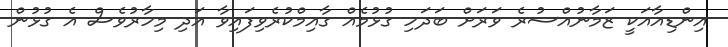
އިންޑިއާއަކީ ޒަމާނުއްސުރެ ވަރަށް ބަދަހި ގުޅުމެއް ގާއިމްކުރެވިފައިވާ އަދި މިހާރުވެސް އެ ގުޅުން